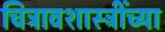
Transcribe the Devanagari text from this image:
चित्रावशास्त्रींच्या